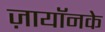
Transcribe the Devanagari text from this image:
ज़ायॉनके